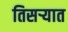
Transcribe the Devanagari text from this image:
तिसऱ्यात